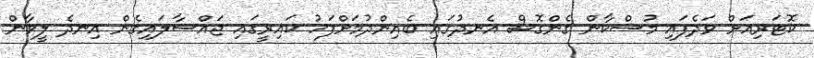
ކޮޓަރިއަށް ވަދެފައި މުސްކާން ގެންގޮސް އެނދުގައި ބެއިންދުމަށްފަހު ކައިރީގައި ޖައްސާލައިގެން އިނދެ ލީވާން